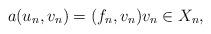
\begin{align*}a(u_n, v_n)=(f_n,v_n) v_n \in X_n,\end{align*}